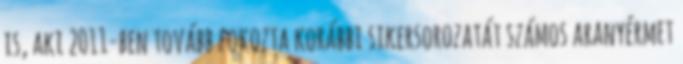
is, aki 2011-ben tovább fokozta korábbi sikersorozatát számos aranyérmet